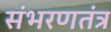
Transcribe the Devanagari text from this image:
संभरणतंत्र